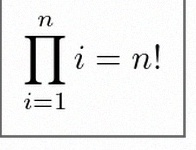
\prod_{i=1}^{n}i=n!